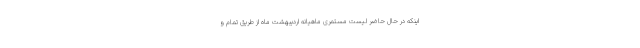
اینکه در حال حاضر لیست مستمری ماهیانه اردیبهشت ماه از طریق تمام و